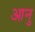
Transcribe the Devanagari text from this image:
आनु